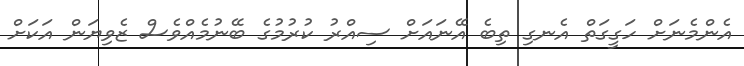
އެންމެނަށް ހަގީގަތް އެނގި ތިބެ އޭނައަށް ސިއްރު ކުރުމުގެ ބޭނުމެއްވެސް ޒެވިޔަން އަކަށް